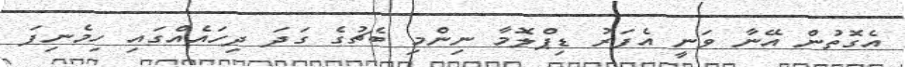
އެގޮތުން އޭނާ ވަނީ އެފަަރު ޑިޕްލޮމާ ނިންމި ބެޗުގެ ގަދަ ދިހައެއްގައި ހިމެނިފަ